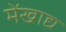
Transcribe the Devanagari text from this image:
मेंखाद्य